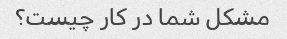
مشکل شما در کار چیست؟